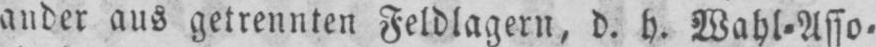
ander aus getrennten Feldlagern, d. h. Wahl⸗Asso⸗